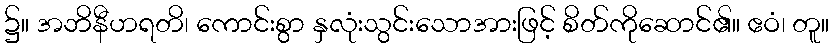
၌။ အဘိနီဟရတိ၊ ကောင်းစွာ နှလုံးသွင်းသောအားဖြင့် စိတ်ကိုဆောင်၏။ ဧဝံ၊ တူ။